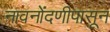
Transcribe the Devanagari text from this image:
नावनोंदणीपासून